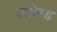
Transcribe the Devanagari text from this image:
इज़ोल्ड